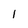
Character: 1